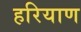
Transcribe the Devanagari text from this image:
हरियाण